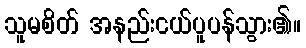
သူမစိတ် အနည်းငယ်ပူပန်သွား၏။